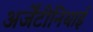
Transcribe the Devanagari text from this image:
अर्जेंटीनियाई